Lunatic asylums Central Provinces reports 1910-1926 - 1910-1926
Year: 1910
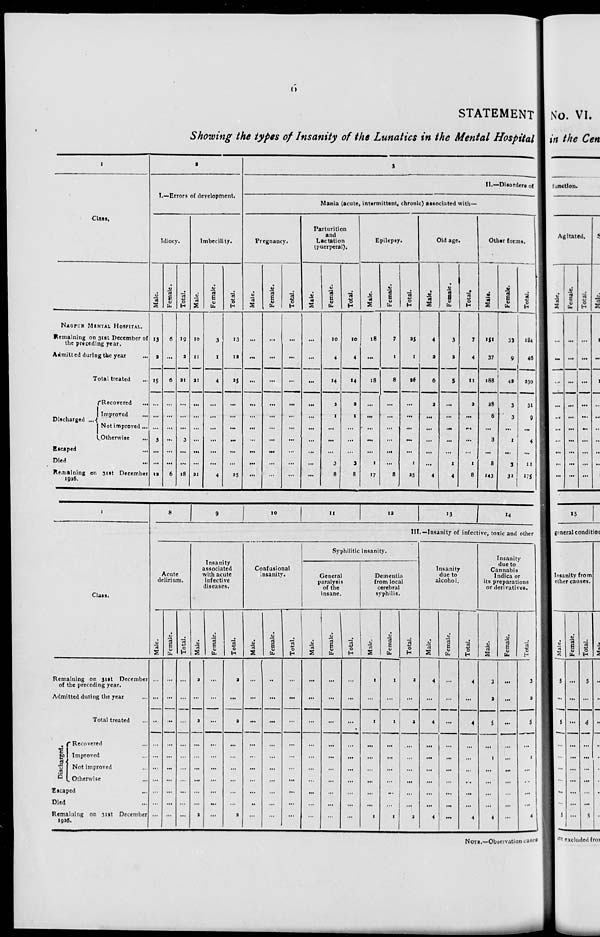
6
STATEMENT
Showing the types of Insanity of the Lunatics in the Mental Hospital
1
Class.
NAGPUR MENTAL HOSPITAL.
Remaining on 31st December of
the preceding year.
Admitted during the year ...
Total treated ...
Discharged ...
Recovered
...
Improved ...
Not improved ...
Otherwise ...
Escaped ...
Died ...
Remaining on 31st December
1926.
2
I.—Errors of development.
Idiocy.
Male.
13
2
15
...
...
3
...
...
12
Female.
6
...
6
...
...
...
...
...
6
Total.
19
2
21
...
...
3
...
...
18
Imbecility.
Male.
10
11
21
...
...
...
...
...
...
21
Female.
3
1
4
...
...
...
...
...
4
Total.
13
12
25
...
...
...
...
...
...
25
3
II.—Disorders of
Mania (acute, intermittent, chronic) associated with—
Pregnancy.
Male.
...
...
...
...
...
...
...
...
...
...
Female.
...
...
...
...
...
...
...
...
...
...
Total.
...
...
...
...
...
...
...
...
...
...
Parturition
and
Lactation
(puerperal).
Male.
...
...
...
...
...
...
...
...
...
...
Female.
10
4
14
2
1
...
...
...
3
8
Total.
10
4
14
2
1
...
...
...
3
8
Epilepsy.
Male.
18
...
18
...
...
...
...
...
1
17
Female.
7
1
8
...
...
...
...
...
...
8
Total.
25
1
26
...
...
...
...
...
1
25
Old age.
Male.
4
2
6
2
...
...
...
...
...
4
Female.
3
2
5
...
...
...
...
...
1
4
Total.
7
4
11
2
...
...
...
...
1
8
Other forms.
Male.
151
37
188
28
6
...
3
...
8
143
Female.
33
9
42
3
3
...
1
...
3
32
Total.
184
46
230
31
9
...
4
...
11
175
1
Class.
Remaining on 31st December
of the preceding year.
Admitted during the year ...
Total treated ...
Discharged.
Recovered ...
Improved ...
Not improved ...
Otherwise ...
Escaped
...
Died ... ...
Remaining on 31st December
1926.
8
9 10
11
12
13
14
III.—Insanity of infective, toxic and other
Acute
delirium.
Male.
...
...
...
...
...
...
...
...
...
...
Female.
...
...
...
...
...
...
...
...
...
...
Total.
...
...
...
...
...
...
...
...
...
Insanity
associated
with acute
infective
diseases.
Male.
2
...
2
...
...
...
...
...
...
2
Female.
...
...
...
...
...
...
...
...
...
...
Total.
2
...
2
...
...
...
...
...
...
2
Confusional
insanity.
Male.
...
...
...
...
...
...
...
...
...
...
Female.
...
...
...
...
...
...
...
...
...
...
Total.
...
...
...
...
...
...
...
...
...
...
Syphilitic insanity.
General
paralysis
of the
insane.
Mal e.
...
...
...
...
...
...
...
...
...
...
Female.
...
...
...
...
...
...
...
...
...
...
Tot al .
...
...
...
...
...
...
...
...
...
...
Dementia
from local
cerebral
syphilis.
Male.
1
...
1
...
...
...
...
...
...
1
Female.
1
...
1
...
...
...
...
...
...
1
Total.
2
...
2
...
...
...
...
...
...
2
Insanity
due to
alcohol.
Male.
4
...
4
...
...
...
...
...
...
4
Female.
...
...
...
...
...
...
...
...
...
...
Total.
4
...
4
...
...
...
...
...
...
4
Insanity
due to
Cannabis
Indica or
its preparations
or derivatives.
Male.
3
2
5
...
1
...
...
...
...
4
Female.
...
...
...
...
...
...
...
...
...
...
Total.
3
2
5
...
1
...
..
...
...
4
NOTE.—Observation cases